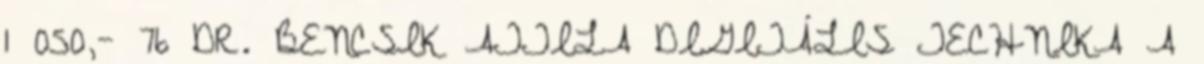
1 050,- 76 DR. BENCSIK ATTILA DIGITÁLIS TECHNIKA A